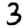
Digit: 3